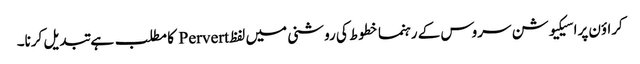
کراؤن پراسیکیوشن سروس کے رہنما خطوط کی روشنی میں لفظ Pervert کا مطلب ہے تبدیل کرنا۔